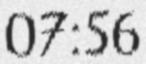
07:56